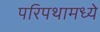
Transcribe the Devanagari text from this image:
परिपथामध्ये